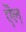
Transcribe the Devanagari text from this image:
ऎंल